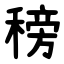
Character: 䅭